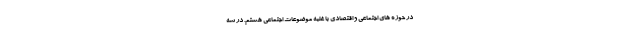
در حوزه های اجتماعی و اقتصادی با غلبه موضوعات اجتماعی هستم. در سه